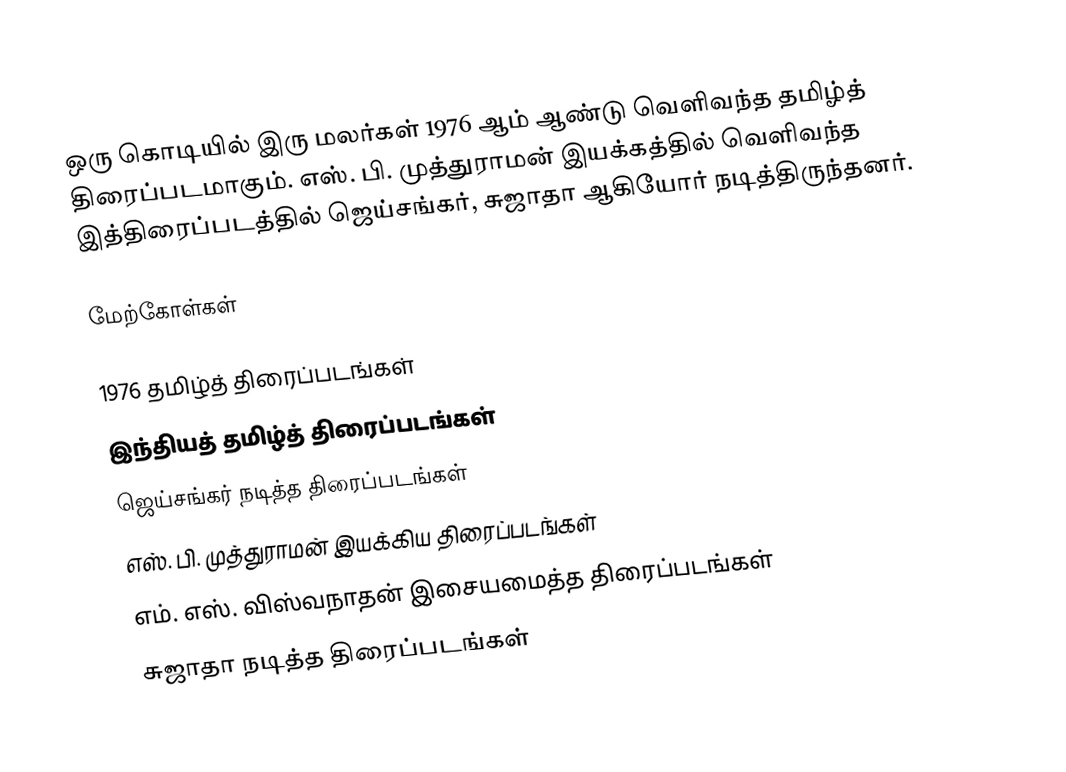
ஒரு கொடியில் இரு மலர்கள் 1976 ஆம் ஆண்டு வெளிவந்த தமிழ்த் திரைப்படமாகும். எஸ். பி. முத்துராமன் இயக்கத்தில் வெளிவந்த இத்திரைப்படத்தில் ஜெய்சங்கர், சுஜாதா ஆகியோர் நடித்திருந்தனர்.

மேற்கோள்கள்

1976 தமிழ்த் திரைப்படங்கள்
இந்தியத் தமிழ்த் திரைப்படங்கள்
ஜெய்சங்கர் நடித்த திரைப்படங்கள்
எஸ். பி. முத்துராமன் இயக்கிய திரைப்படங்கள்
எம். எஸ். விஸ்வநாதன் இசையமைத்த திரைப்படங்கள்
சுஜாதா நடித்த திரைப்படங்கள்